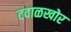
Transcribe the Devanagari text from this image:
टवाळखोर